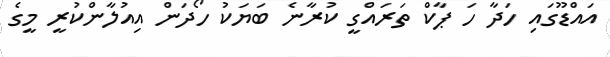
އައްޑޫގައި ހަދާ ހަ ޕާކް ތަރައްގީ ކުރާނެ ބަޔަކު ހޯދަން އިއުލާންކުރީ މީގެ